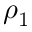
\rho _ { 1 }